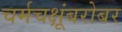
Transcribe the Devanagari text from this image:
चर्मचक्षूंबरोबर